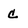
Character: c